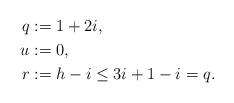
LaTeX: \begin{align*}q & := 1 + 2 i,\\u & := 0,\\r & := h - i \leq 3 i + 1 - i = q.\end{align*}